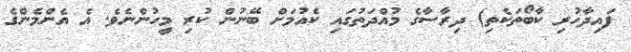
ފައިދާހުރި ކާބޯތަކެތި) ދިރާސާގެ މުއްދަތުގައި ކެއުމަށް ބޭނުން ކުރި މީހުންނެވެ. އެ އެންމެންގެ